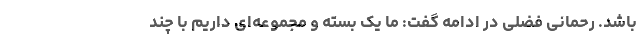
باشد. رحمانی فضلی در ادامه گفت: ما یک بسته و مجموعه‌ای داریم با چند